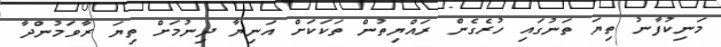
މަނިކުފާނު ތިޔަ ތަނުގައި ހުރެގެން ރައްޔިތުން ތަކަކަށް އަނިޔާ ދިނުމަށް ތިޔަ ރާވަމުންދާ